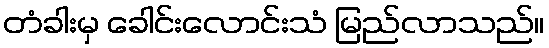
တံခါးမှ ခေါင်းလောင်းသံ မြည်လာသည်။